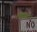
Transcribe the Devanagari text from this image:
अबदाल